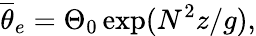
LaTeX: \overline{{\theta}}_{e}=\Theta_{0}\exp(N^{2}z/g),